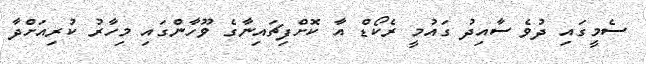
ސެމީގައި ދުވެ ސާއިދު ގައުމީ ރެކޯޑް އާ ކޮށްފިޗައިނާގެ ވޫހާންގައި މިހާރު ކުރިއަށްދާ